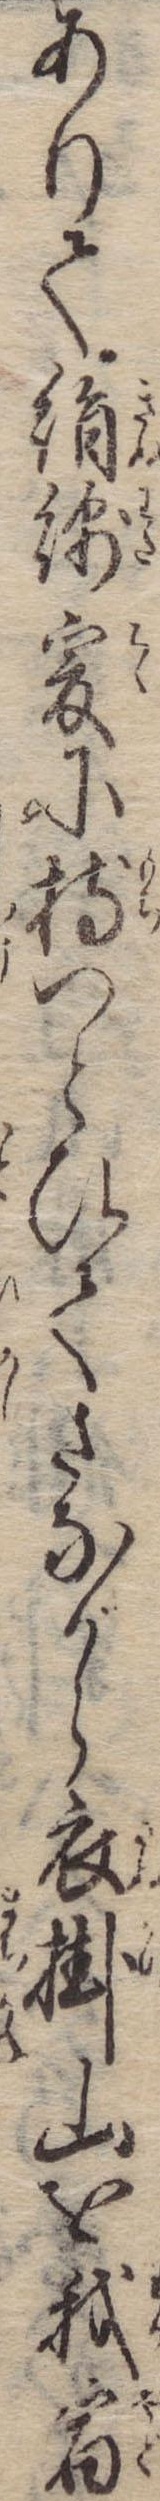
ありて絹綿爰に持つとひてさながら衣掛山を我宿